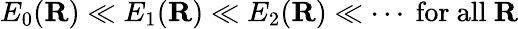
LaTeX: E_{0}(\mathbf{R})\ll E_{1}(\mathbf{R})\ll E_{2}(\mathbf{R})\ll\cdots{\mathrm{~for~all~}}\mathbf{R}